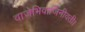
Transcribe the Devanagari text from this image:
वाजेभिवार्जिनीवती।